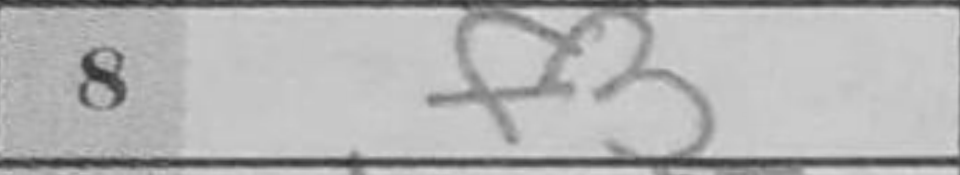
Transcription: f3